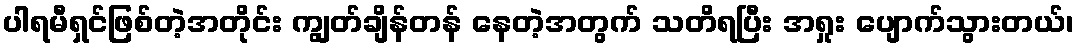
ပါရမီရှင်ဖြစ်တဲ့အတိုင်း ကျွတ်ချိန်တန် နေတဲ့အတွက် သတိရပြီး အရှုး ပျောက်သွားတယ်၊